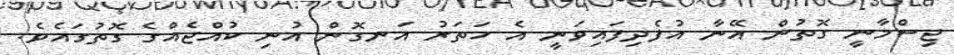
ޖިސްމާނީ ގޮތުން އޭނާ އުފެދިފައިވަނީ އެ ހަތަރު އަނގޮން އުނި ކުއްޖެއްގެ ގޮތުގައެވެ.